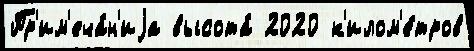
Пр'им'еча́н'иjа высота́ 2020 к'илом'е́тров